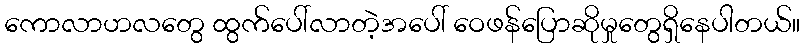
ကောလာဟလတွေ ထွက်ပေါ်လာတဲ့အပေါ် ဝေဖန်ပြောဆိုမှုတွေရှိနေပါတယ်။